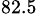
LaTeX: _{82.5}